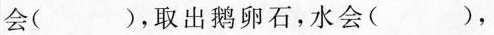
会( )，取出鹅卵石，水会( )，